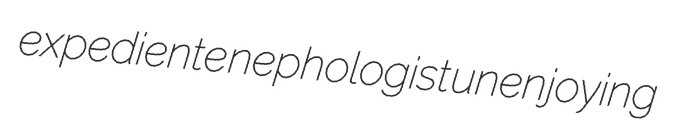
expediente nephologist unenjoying